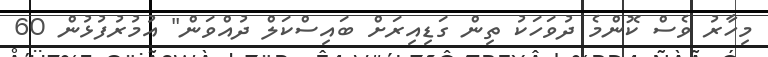
މިހާރު ވެސް ކޮންމެ ދުވަހަކު ތިން ގަޑިއިރަށް ބައިސްކަލް ދުއްވަން" އުމުރުފުޅުން 60